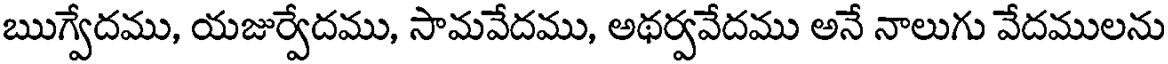
ఋగ్వేదము, యజుర్వేదము, సామవేదము, అథర్వవేదము అనే నాలుగు వేదములను